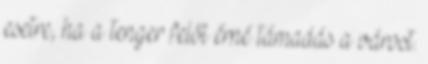
esetre, ha a tenger felől érné támadás a várost.